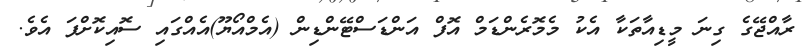
ރާއްޖޭގެ ގިނަ މީޑިއާތަކާ އެކު މެމޮރެންޑަމް އޮފް އަންޑަސްޓޭންޑިން (އެމްއޯޔޫ)އެއްގައި ސޮއިކޮށްފަ އެވެ.